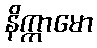
နိက္ကာမော